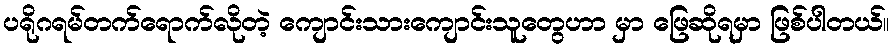
ပရိုဂရမ်တက်ရောက်လိုတဲ့ ကျောင်းသားကျောင်းသူတွေဟာ မှာ ဖြေဆိုရမှာ ဖြစ်ပါတယ်။